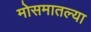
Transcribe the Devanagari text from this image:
मोसमातल्या